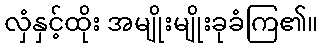
လှံနှင့်ထိုး အမျိုးမျိုးခုခံကြ၏။